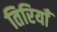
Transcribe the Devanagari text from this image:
तिरियाँ